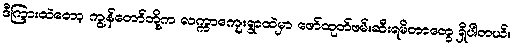
ဒီကြားထဲတော့ ကျွန်တော်တို့က လက္ကာကျေးရွာထဲမှာ ဖော်ထုတ်ဖမ်းဆီးရမိတာတွေ ရှိပါတယ်။